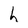
Character: h